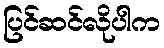
ပြင်ဆင်လိုပါက